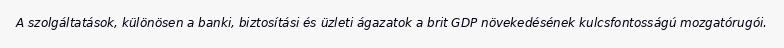
A szolgáltatások, különösen a banki, biztosítási és üzleti ágazatok a brit GDP növekedésének kulcsfontosságú mozgatórugói.